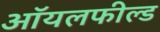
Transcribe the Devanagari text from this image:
ऑयलफील्ड